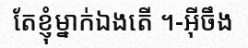
តែខ្ញុំម្នាក់ឯងតើ ។-អ៊ីចឹង